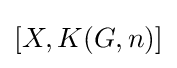
[X,K(G,n)]